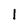
Character: 1